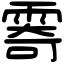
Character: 𩃤